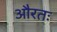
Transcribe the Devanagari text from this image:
औरतः